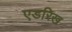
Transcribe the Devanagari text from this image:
एडरिख